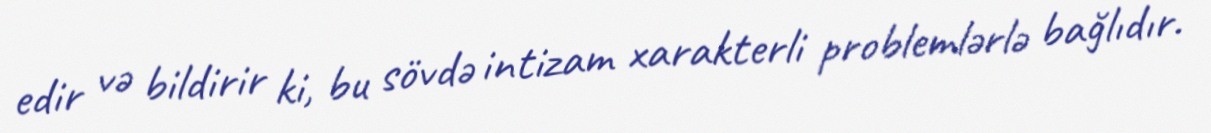
edir və bildirir ki, bu sövdə intizam xarakterli problemlərlə bağlıdır.